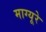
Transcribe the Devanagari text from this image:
माग्यूरे